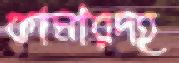
কামারদহ